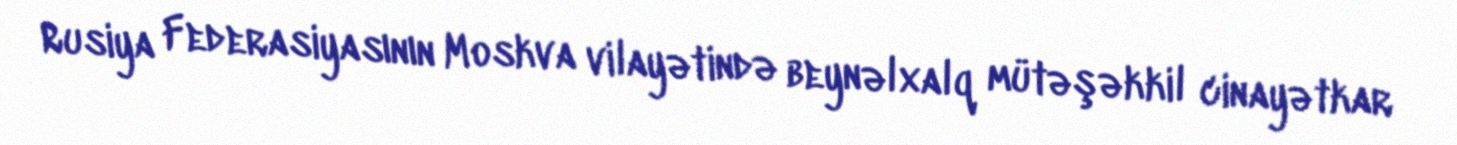
Rusiya Federasiyasının Moskva vilayətində beynəlxalq mütəşəkkil cinayətkar